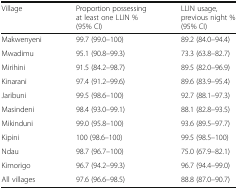
<table><thead><tr><td><b>Village</b></td><td><b>Proportion possessing at least one LLIN % (95% CI)</b></td><td><b>LLIN usage, previous night % (95% CI)</b></td></tr></thead><tbody><tr><td>Makwenyeni</td><td>99.7 (99.0–100)</td><td>89.2 (84.0–94.4)</td></tr><tr><td>Mwadimu</td><td>95.1 (90.8–99.3)</td><td>73.3 (63.8–82.7)</td></tr><tr><td>Mirihini</td><td>91.5 (84.2–98.7)</td><td>89.5 (82.0–96.9)</td></tr><tr><td>Kinarani</td><td>97.4 (91.2–99.6)</td><td>89.6 (83.9–95.4)</td></tr><tr><td>Jaribuni</td><td>99.5 (98.6–100)</td><td>92.7 (88.1–97.3)</td></tr><tr><td>Masindeni</td><td>98.4 (93.0–99.1)</td><td>88.1 (82.8–93.5)</td></tr><tr><td>Mikinduni</td><td>99.0 (95.8–100)</td><td>93.6 (89.5–97.7)</td></tr><tr><td>Kipini</td><td>100 (98.6–100)</td><td>99.5 (98.5–100)</td></tr><tr><td>Ndau</td><td>98.7 (96.7–100)</td><td>75.0 (67.9–82.1)</td></tr><tr><td>Kimorigo</td><td>96.7 (94.2–99.3)</td><td>96.7 (94.4–99.0)</td></tr><tr><td>All villages</td><td>97.6 (96.6–98.5)</td><td>88.8 (87.0–90.7)</td></tr></tbody></table>